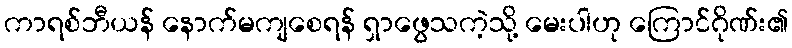
ကာရစ်ဘီယန် နောက်မကျစေရန် ရှာဖွေသကဲ့သို့ မေးပါဟု ကြောင်ဂိုဏ်း၏